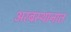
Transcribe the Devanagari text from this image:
अरबस्थानात